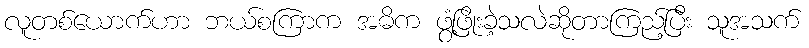
လူတစ်ယောက်ဟာ ဘယ်စကြာက အဓိက ဖွံ့ဖြိုးခဲ့သလဲဆိုတာကြည့်ပြီး သူအသက်